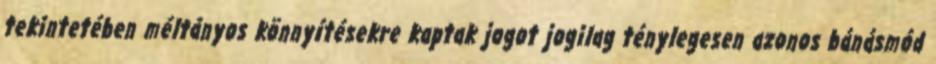
tekintetében méltányos könnyítésekre kaptak jogot jogilag ténylegesen azonos bánásmód